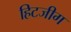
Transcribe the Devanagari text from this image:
हिटजीग